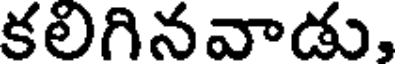
కలిగినవాడు,